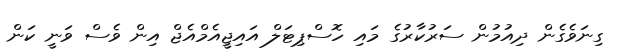
ގިނަވެގެން ދިއުމުން ސަރުކާރުގެ މައި ހޮސްޕިޓަލް އައިޖީއެމްއެޖް އިން ވެސް ވަނީ ކަން